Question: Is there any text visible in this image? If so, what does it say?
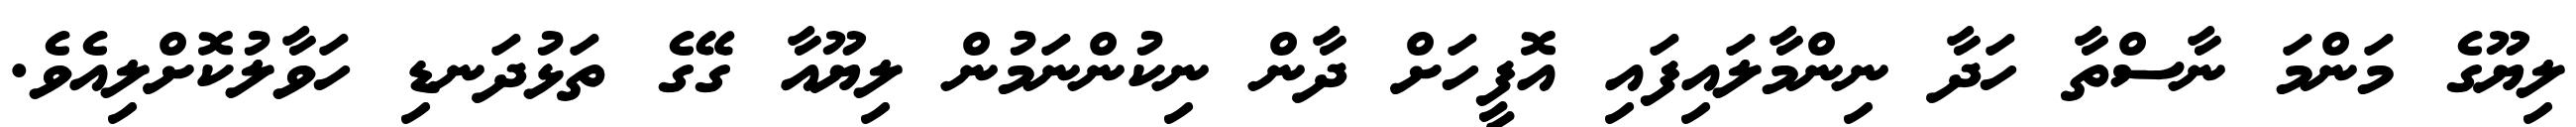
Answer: ލިޔޫގެ މަންމަ ނާސްތާ ހަދާ ނިންމާލައިފައި އޮފީހަށް ދާން ނިކުންނަމުން ލިޔޫއާ ގޭގެ ތަޅުދަނޑި ހަވާލުކޮށްލިއެވެ.